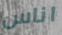
اناس